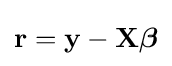
\mathbf {r=y-X{\boldsymbol {\beta }}}